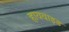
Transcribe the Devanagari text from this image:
हायवाइड